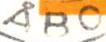
ÅBO